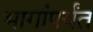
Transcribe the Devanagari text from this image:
भागांपर्यंत